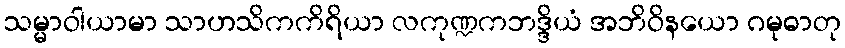
သမ္မာဝါယာမာ သာဟသိကကိရိယာ လကုဏ္ဍကဘဒ္ဒိယံ အဘိဝိနယော ဂမုဓာတု